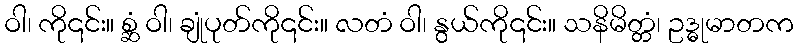
ဝါ၊ ကို၎င်း။ စ္ဆံ ဝါ၊ ချုံပုတ်ကို၎င်း။ လတံ ဝါ၊ နွယ်ကို၎င်း။ သနိမိတ္တံ၊ ဥဒ္ဓုမာတက